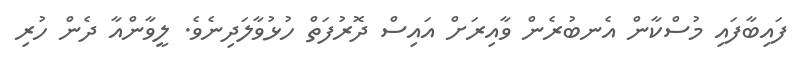
ފައިބާފައި މުސްކާން އެނބުރެން ވާއިރަށް އައިސް ދޮރުފަތް ހުޅުވާލަދިނެވެ. ލީވާންއާ ދެން ހުރި